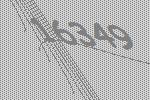
16349